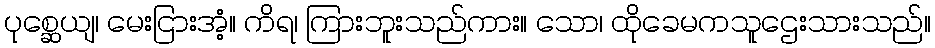
ပုစ္ဆေယျ၊ မေးငြားအံ့။ ကိရ၊ ကြားဘူးသည်ကား။ သော၊ ထိုခေမကသူဌေးသားသည်။